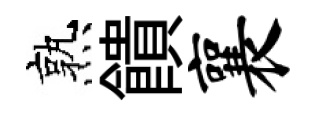
熟饋襄